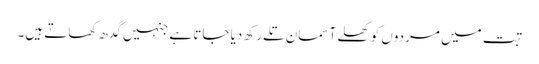
تبت میں مردوں کو کھلے آسمان تلے رکھ دیا جاتا ہے جنہیں گدھ کھاتے ہیں۔